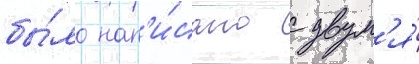
бы́ло нап'и́сано с двум'я́